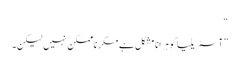
“
”آسٹریلیا کو ہرانا مشکل ہے مگر ناممکن نہیں لیکن۔